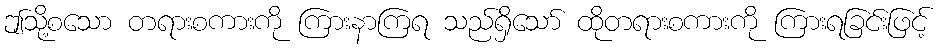
ဤသို့စသော တရားစကားကို ကြားနာကြရ သည်ရှိသော် ထိုတရားစကားကို ကြားရခြင်းဖြင့်